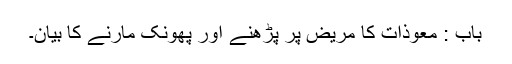
باب : معوذات کا مریض پر پڑھنے اور پھونک مارنے کا بیان۔